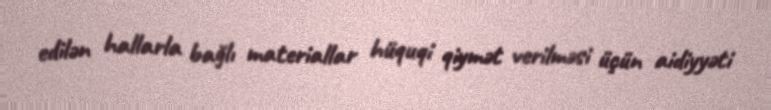
edilən hallarla bağlı materiallar hüquqi qiymət verilməsi üçün aidiyyəti